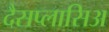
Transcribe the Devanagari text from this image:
दैसप्लासिअ